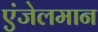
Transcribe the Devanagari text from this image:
एंजेलमान